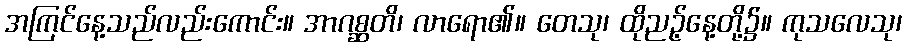
အကြင်နေ့သည်လည်းကောင်း။ အာဂစ္ဆတိ၊ လာရော၏။ တေသု၊ ထိုညဉ့်နေ့တို့၌။ ကုသလေသု၊